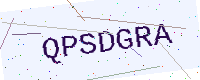
Text: QPSDGRA